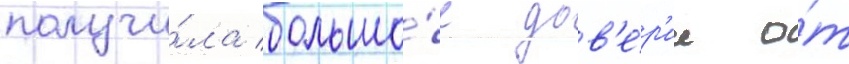
получи́ла большо́е дов'е́р'ие о́т